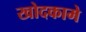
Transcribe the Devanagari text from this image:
खोदकामे